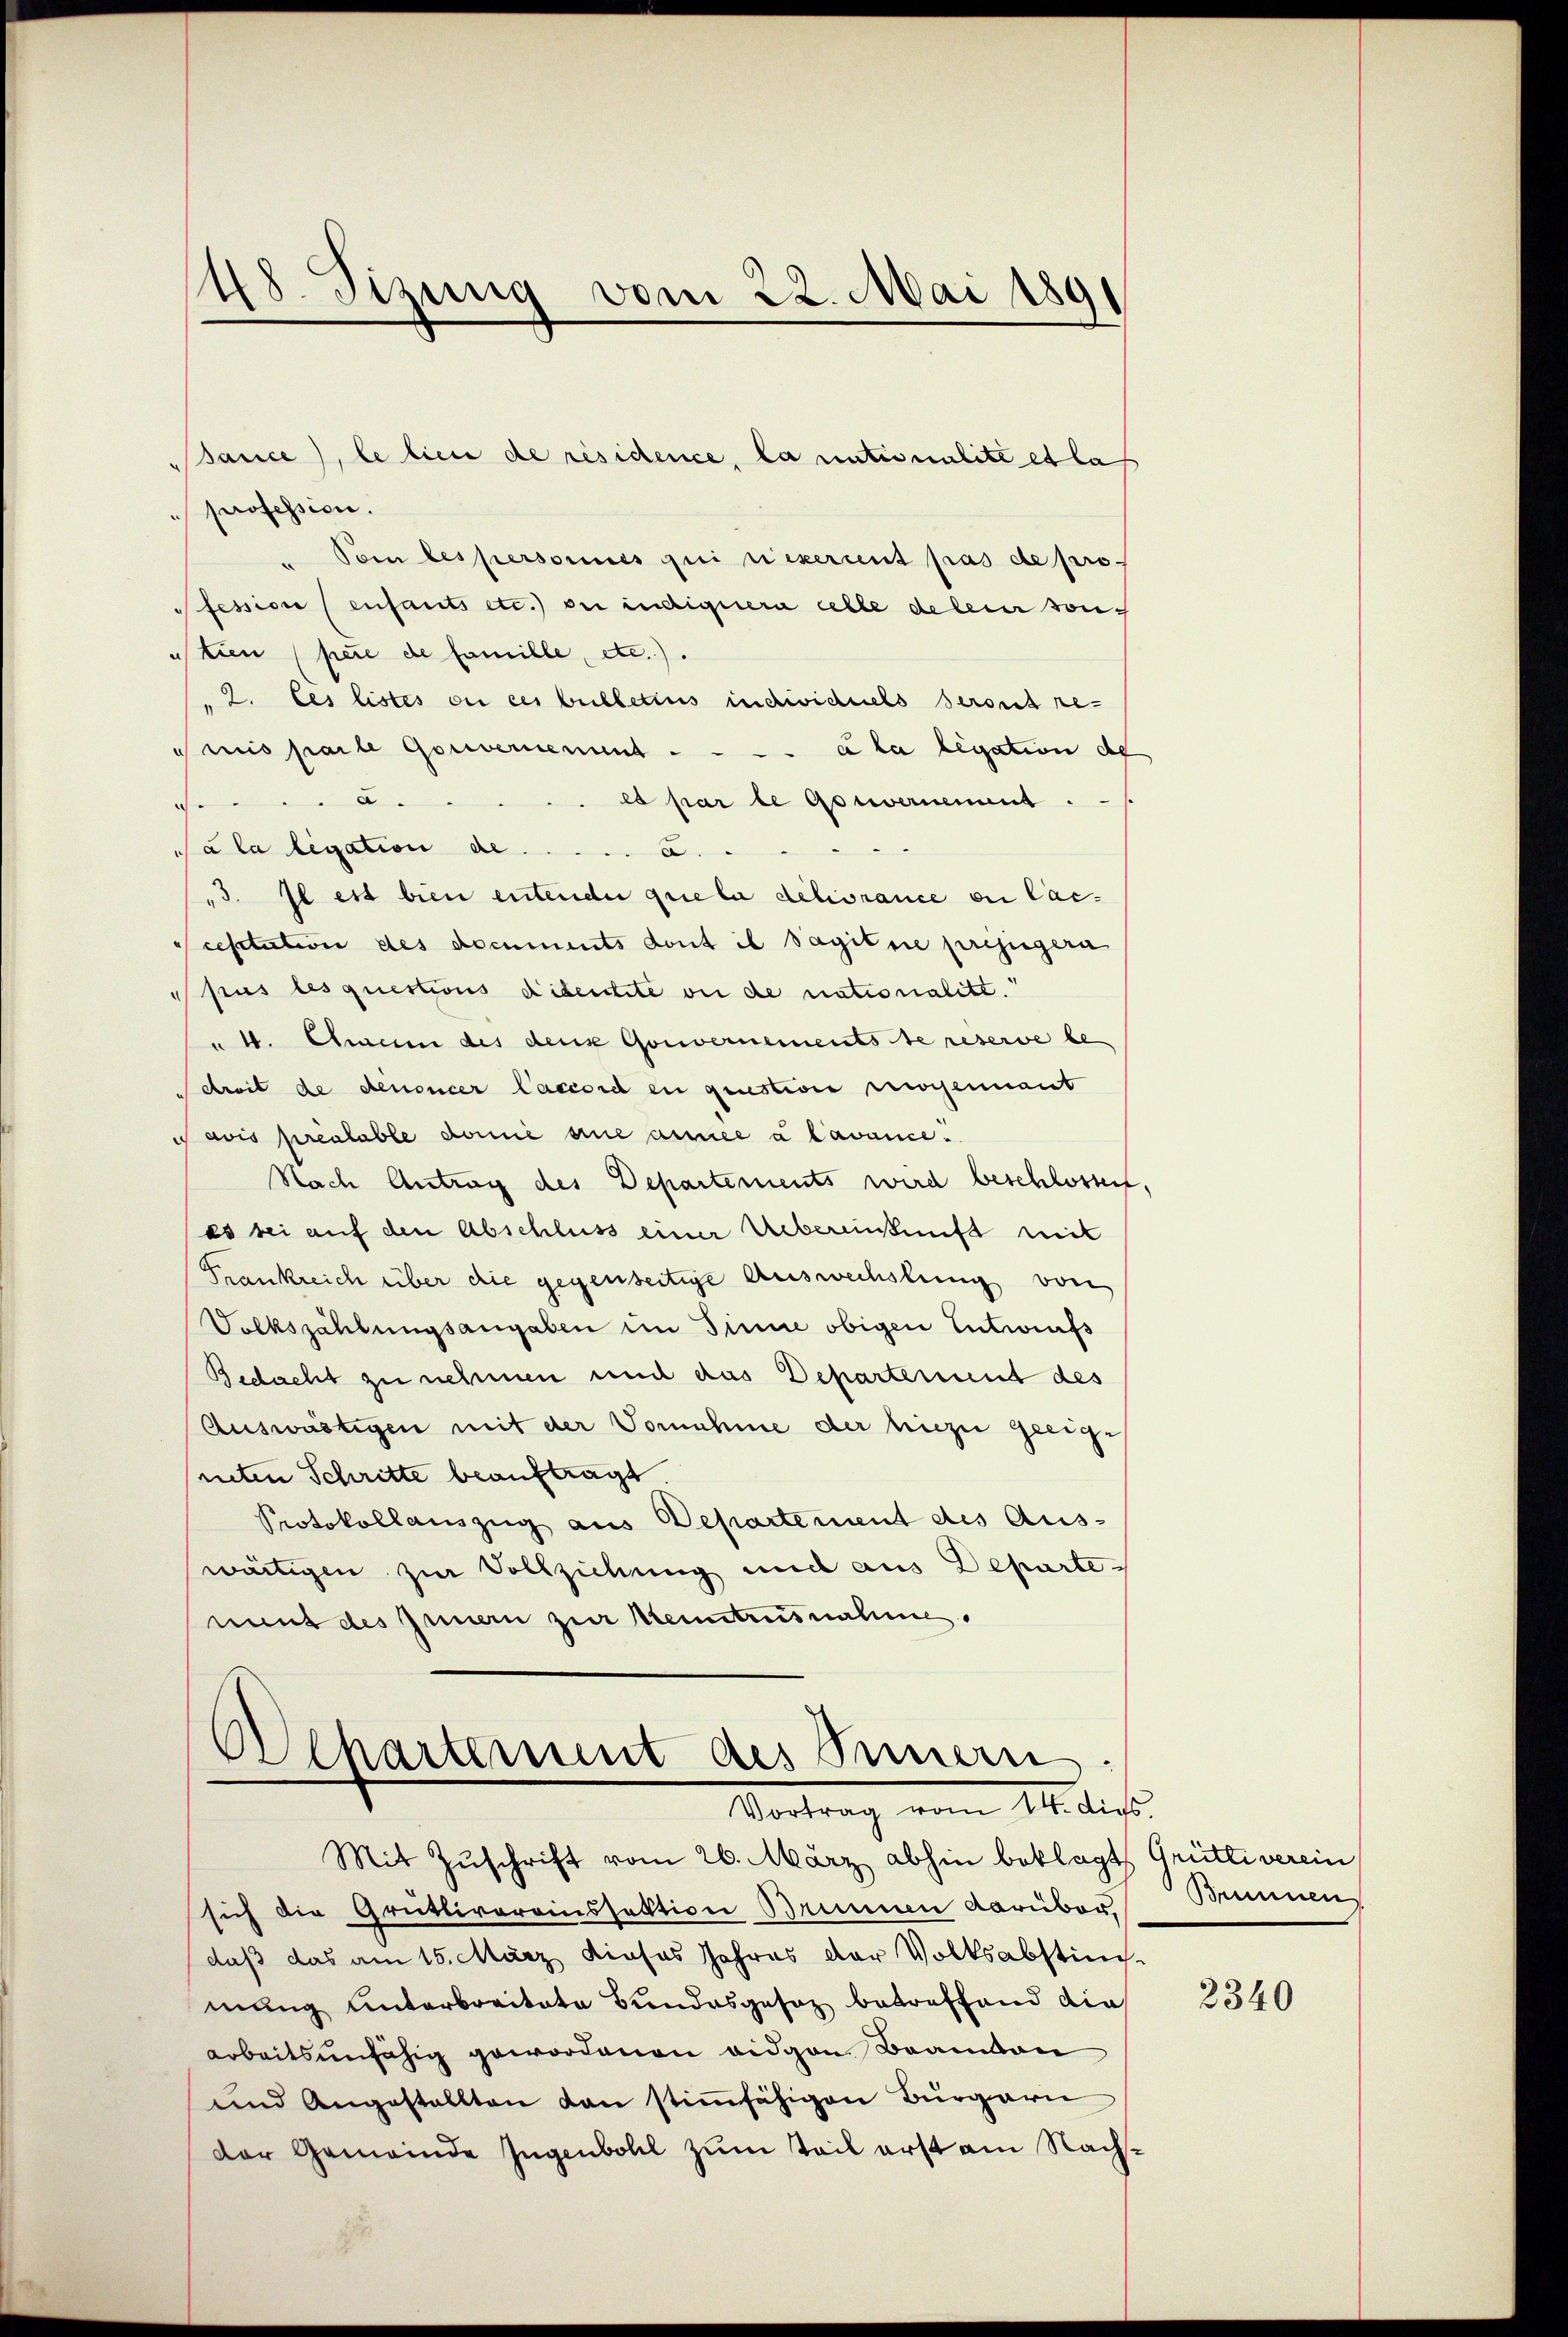
48. Sizung vom 22. Mai 1891

sauce, le lieu de résidence, la nationalité et la
profession.
" Vom les personnes qui rexercent pas de pro
Pfession (enfants etc.) ou indiquera celle deleier von
tien (pere de famille, etc.).
"2. Ces listes ou ces bulletius individuels seront re-
dmis parte Gouvernenntà la legation de
es par le Gouvernement
2
Pála legation de
3. Il est bien entender que la délivrance en Cascesitation des documents dont il Sagiture prejugera
pus lesquestions didentite bei de nationalitt.
" 1. Amann des denk Gouvernements de reserve be-
droit de denoncer laccord en questione sogennant
 avis préalable domie eine année a lavance.
Nach Antrag des Departements wird beschlossen
es bei auf den Abschluss einer Uebereinkunft mit
Frankreich über die gegenseitige Auswechslung von
Volkszählungsangaben im Sinne obigen Entwurfs
Bedacht zu nehmen und das Departement des
Auswärtigen mit der Vornahme der hiezu geeigrieten Schritte beauftragt
Protokollauszug aus Departement des Aus-
wärtigen zur Vollziehung und aus Departemint des Innern zur Kenntrusnahme.

Ochartement des Innern
Vortrag vom 14. dies

Mit Zuschrift vom 26. März abhin beklagt Grütliverein
sich die Grütlivereinssektion Brunnen darüber,
daß das am 15. März dieses Jahres der Volksabstim-
mung unterbreitete Bundesgesetz betreffend die
arbeitsunfähig gewordenen eidgen. Bramon
und Angestallten dan stimmfähigen Bürgern
Der Gemeinde Jugenbohl zum Teil erst am Nach¬

Brunnen

2340